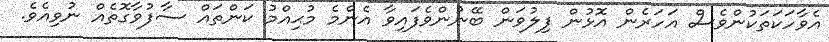
އެވާހަކަތަކުންވެސް އަހަރެން އޮޅުން ފިލުވަން ބޭނުންވެފައިވާ އެންމެ މުޙިއްމު ކަންތައް ސާފުވާގޮތެއް ނުވިއެވެ.